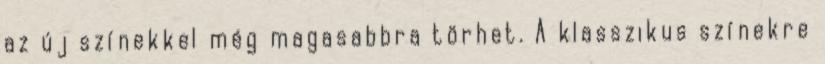
az új színekkel még magasabbra törhet. A klasszikus színekre